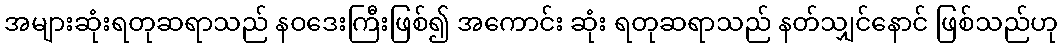
အများဆုံးရတုဆရာသည် နဝဒေးကြီးဖြစ်၍ အကောင်း ဆုံး ရတုဆရာသည် နတ်သျှင်နောင် ဖြစ်သည်ဟု